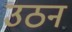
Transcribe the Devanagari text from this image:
उठन